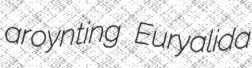
aroynting Euryalida